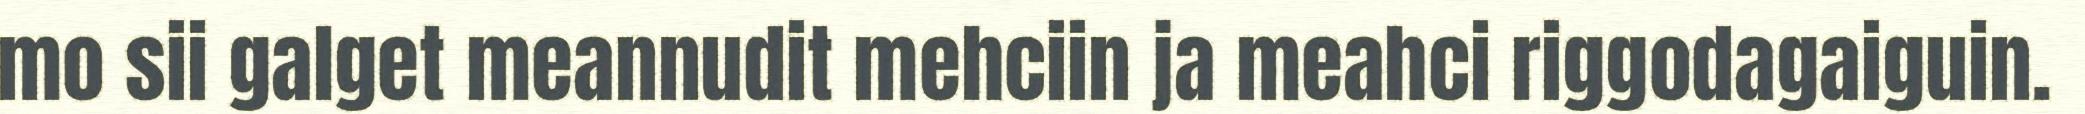
mo sii galget meannudit mehciin ja meahci riggodagaiguin.